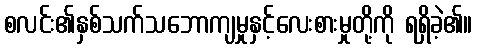
စလင်း၏နှစ်သက်သဘောကျမှုနှင့်လေးစားမှုတို့ကို ရရှိခဲ့၏။